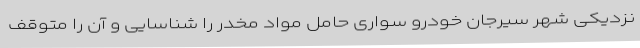
نزدیکی شهر سیرجان خودرو سواری حامل مواد مخدر را شناسایی و آن را متوقف